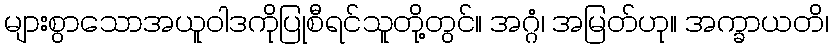
များစွာသောအယူဝါဒကိုပြုစီရင်သူတို့တွင်။ အဂ္ဂံ၊ အမြတ်ဟု။ အက္ခာယတိ၊